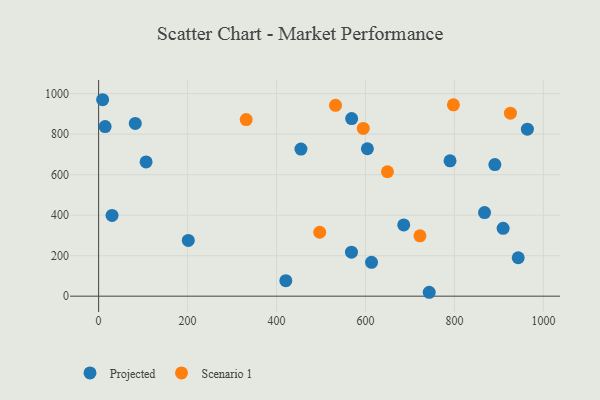
{"axis": {"x": "Speed", "y": "Rating"}, "legend": ["Projected", "Scenario 1"], "data": [{"x": "890.9", "y": 649.6, "type": "Projected"}, {"x": "943.4", "y": 189.8, "type": "Projected"}, {"x": "867.7", "y": 413.0, "type": "Projected"}, {"x": "613.6", "y": 167.2, "type": "Projected"}, {"x": "201.6", "y": 275.4, "type": "Projected"}, {"x": "30.2", "y": 398.7, "type": "Projected"}, {"x": "9.0", "y": 970.0, "type": "Projected"}, {"x": "420.9", "y": 76.7, "type": "Projected"}, {"x": "743.3", "y": 19.2, "type": "Projected"}, {"x": "686.0", "y": 352.0, "type": "Projected"}, {"x": "454.9", "y": 726.2, "type": "Projected"}, {"x": "604.3", "y": 727.8, "type": "Projected"}, {"x": "790.1", "y": 668.4, "type": "Projected"}, {"x": "909.5", "y": 335.2, "type": "Projected"}, {"x": "964.0", "y": 824.7, "type": "Projected"}, {"x": "568.5", "y": 217.3, "type": "Projected"}, {"x": "106.7", "y": 663.0, "type": "Projected"}, {"x": "568.9", "y": 876.8, "type": "Projected"}, {"x": "82.4", "y": 852.8, "type": "Projected"}, {"x": "14.6", "y": 837.5, "type": "Projected"}, {"x": "925.9", "y": 903.6, "type": "Scenario 1"}, {"x": "722.5", "y": 297.7, "type": "Scenario 1"}, {"x": "497.1", "y": 315.6, "type": "Scenario 1"}, {"x": "331.8", "y": 872.1, "type": "Scenario 1"}, {"x": "532.6", "y": 942.2, "type": "Scenario 1"}, {"x": "595.0", "y": 828.4, "type": "Scenario 1"}, {"x": "797.7", "y": 945.0, "type": "Scenario 1"}, {"x": "649.4", "y": 614.3, "type": "Scenario 1"}]}